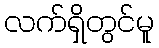
လက်ရှိတွင်မူ